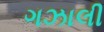
ગઝાલી